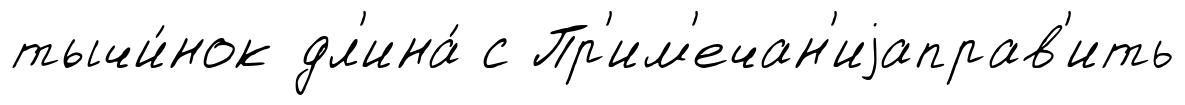
тычи́нок дл'ина́ с Пр'им'ечан'иjаправ'ить